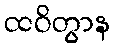
ထဝိတွာန